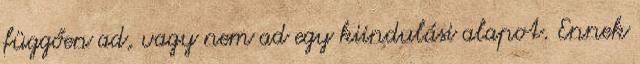
függően ad, vagy nem ad egy kiindulási alapot. Ennek